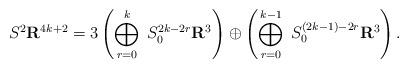
LaTeX: \begin{align*} S^2\mathbf R^{4k+2}=3\left( \bigoplus_{r=0}^{k}\; S^{2k-2r}_0\mathbf R^3 \right) \oplus\left( \bigoplus_{r=0}^{k-1} \;S^{(2k-1)-2r}_0\mathbf R^3 \right).\end{align*}